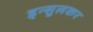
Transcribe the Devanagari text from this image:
इन्सुलकर